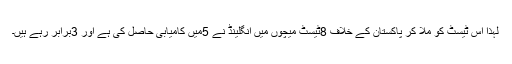
لہذا اس ٹیسٹ کو ملا کر پاکستان کے خلاف 8ٹیسٹ میچوں میں انگلینڈ نے 5میں کامیابی حاصل کی ہے اور 3برابر رہے ہیں۔